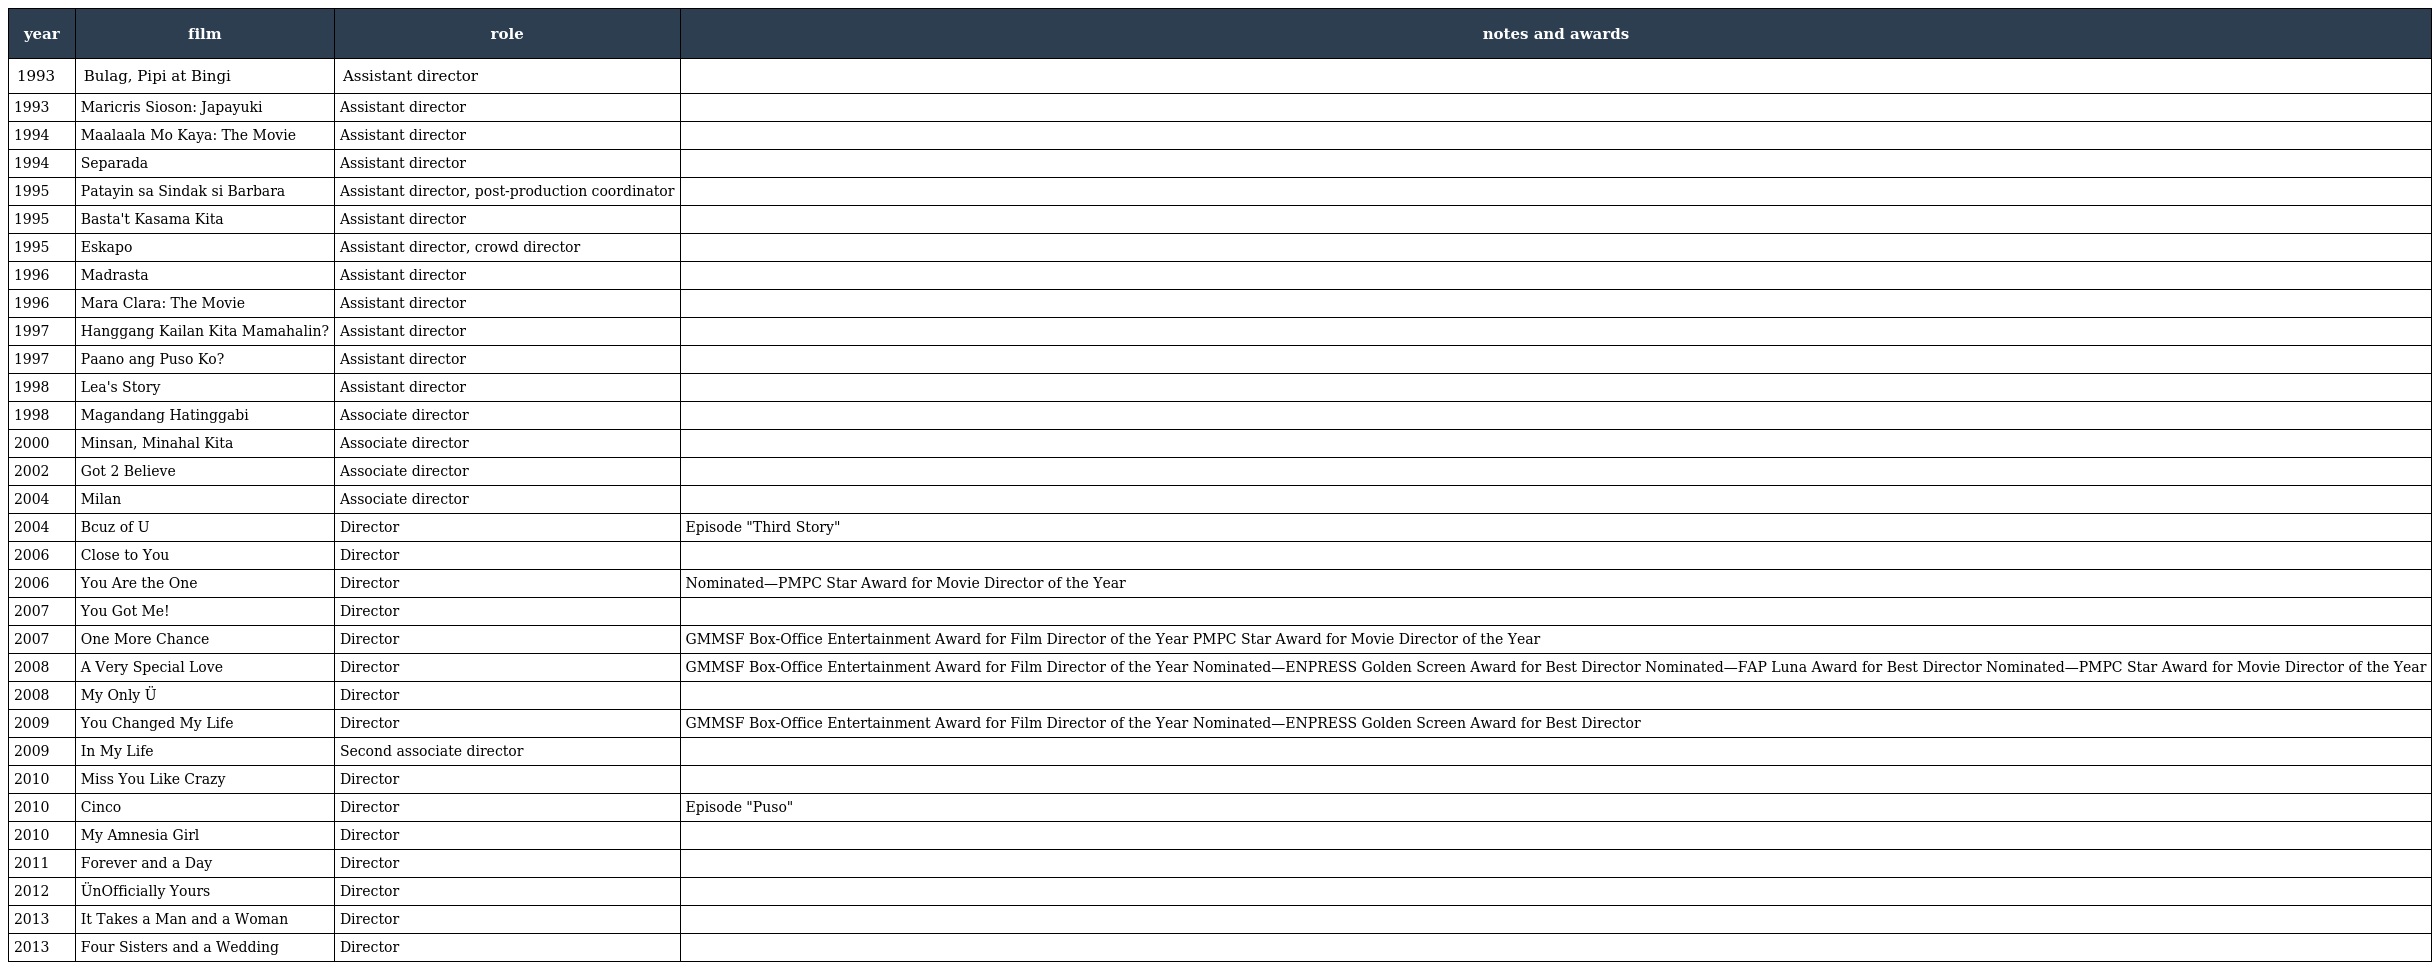
| year | film | role | notes and awards |
 | --- | --- | --- | --- |
 | 1993 | Bulag, Pipi at Bingi | Assistant director |  |
 | 1993 | Maricris Sioson: Japayuki | Assistant director |  |
 | 1994 | Maalaala Mo Kaya: The Movie | Assistant director |  |
 | 1994 | Separada | Assistant director |  |
 | 1995 | Patayin sa Sindak si Barbara | Assistant director, post-production coordinator |  |
 | 1995 | Basta't Kasama Kita | Assistant director |  |
 | 1995 | Eskapo | Assistant director, crowd director |  |
 | 1996 | Madrasta | Assistant director |  |
 | 1996 | Mara Clara: The Movie | Assistant director |  |
 | 1997 | Hanggang Kailan Kita Mamahalin? | Assistant director |  |
 | 1997 | Paano ang Puso Ko? | Assistant director |  |
 | 1998 | Lea's Story | Assistant director |  |
 | 1998 | Magandang Hatinggabi | Associate director |  |
 | 2000 | Minsan, Minahal Kita | Associate director |  |
 | 2002 | Got 2 Believe | Associate director |  |
 | 2004 | Milan | Associate director |  |
 | 2004 | Bcuz of U | Director | Episode "Third Story" |
 | 2006 | Close to You | Director |  |
 | 2006 | You Are the One | Director | Nominated—PMPC Star Award for Movie Director of the Year |
 | 2007 | You Got Me! | Director |  |
 | 2007 | One More Chance | Director | GMMSF Box-Office Entertainment Award for Film Director of the Year PMPC Star Award for Movie Director of the Year |
 | 2008 | A Very Special Love | Director | GMMSF Box-Office Entertainment Award for Film Director of the Year Nominated—ENPRESS Golden Screen Award for Best Director Nominated—FAP Luna Award for Best Director Nominated—PMPC Star Award for Movie Director of the Year |
 | 2008 | My Only Ü | Director |  |
 | 2009 | You Changed My Life | Director | GMMSF Box-Office Entertainment Award for Film Director of the Year Nominated—ENPRESS Golden Screen Award for Best Director |
 | 2009 | In My Life | Second associate director |  |
 | 2010 | Miss You Like Crazy | Director |  |
 | 2010 | Cinco | Director | Episode "Puso" |
 | 2010 | My Amnesia Girl | Director |  |
 | 2011 | Forever and a Day | Director |  |
 | 2012 | ÜnOfficially Yours | Director |  |
 | 2013 | It Takes a Man and a Woman | Director |  |
 | 2013 | Four Sisters and a Wedding | Director |  |